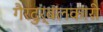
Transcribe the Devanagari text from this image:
गैरदुर्बलकारी